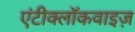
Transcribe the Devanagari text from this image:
एंटीक्लॉकवाइज़